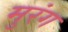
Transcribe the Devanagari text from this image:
मुरंग